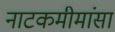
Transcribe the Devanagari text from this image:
नाटकमीमांसा